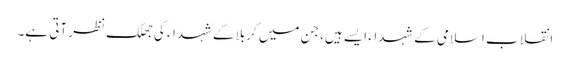
انقلاب اسلامی کے شہداء ایسے ہیں، جن میں کربلا کے شہداء کی جھلک نظر آتی ہے۔